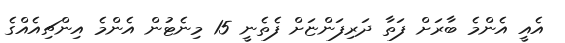
އެއީ އެންމެ ބާރަށް ފަތާ ދަރިފަންޏަށް ފެތެނީ 15 މިނެޓުން އެންމެ އިންޗިއެއްގެ